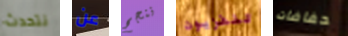
نتحدث عن ننجح تلفزيون حفاضات